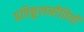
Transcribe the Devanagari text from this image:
प्रतिकूलनीतियों